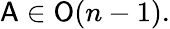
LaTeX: {\mathsf{A}}\in{\mathsf{O}}(n-1).